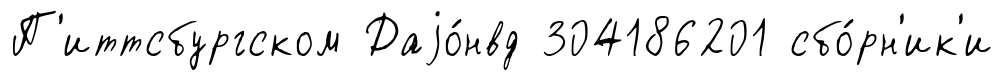
П'иттсбургском Даjо́нвд 304186201 сбо́рн'ик'и